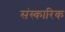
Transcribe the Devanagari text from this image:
संस्कारिक